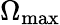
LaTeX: \Omega_{\textrm{max}}